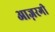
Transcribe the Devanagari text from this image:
आज़रगी